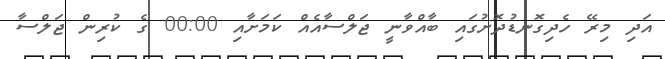
އަދި މިރޭ ހެދިގޮނޑުދޮށުގައި ބާއްވާނީ ޖަލްސާއެއް ކަމަށާއި 00:00 ގެ ކުރިން ޖަލްސާ